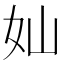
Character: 奾